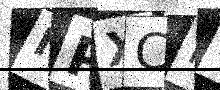
Text: IPXCM4